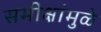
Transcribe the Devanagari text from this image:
समीक्षांमुळे